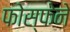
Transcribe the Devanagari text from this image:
फोस्फेने